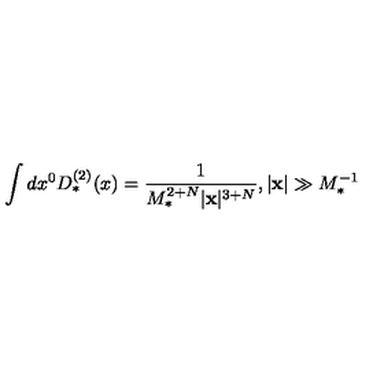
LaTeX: \int d x ^ { 0 } D _ { * } ^ { ( 2 ) } ( x ) = \frac { 1 } { M _ { * } ^ { 2 + N } | { \bf x } | ^ { 3 + N } } , | { \bf x } | \gg M _ { * } ^ { - 1 }